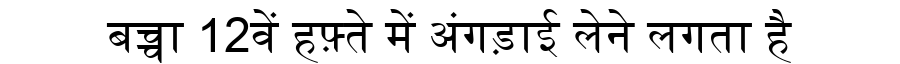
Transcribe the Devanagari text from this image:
बच्चा 12वें हफ़्ते में अंगड़ाई लेने लगता है